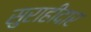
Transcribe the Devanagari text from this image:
सुराहीदार